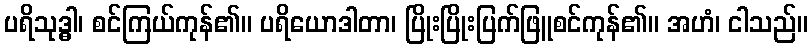
ပရိသုဒ္ဓါ၊ စင်ကြယ်ကုန်၏။ ပရိယောဒါတာ၊ ပြိုးပြိုးပြက်ဖြူစင်ကုန်၏။ အဟံ၊ ငါသည်။